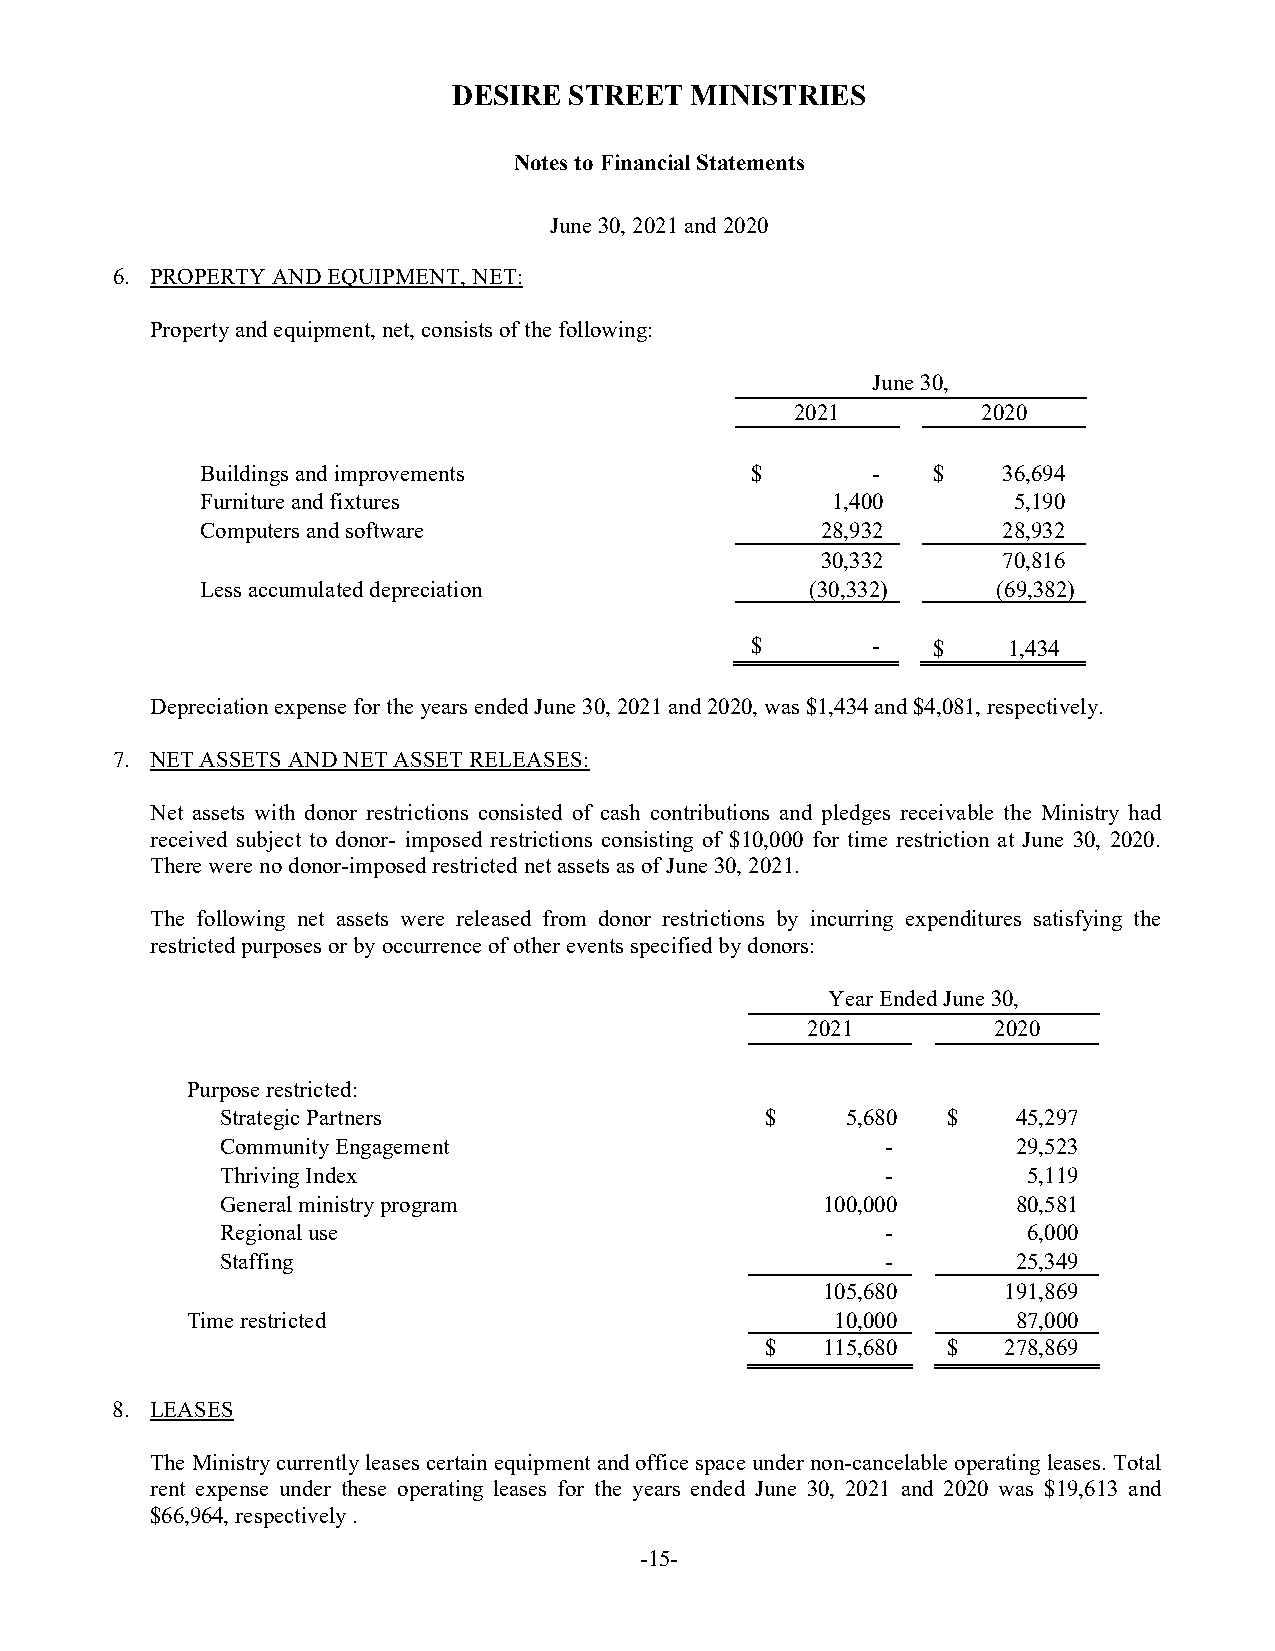
DESIRE  STREET  MINISTRIES
 Notes to Financial Statements
 June 30, 2021 and 2020
 6. PROPERTY AND EQUIPMENT, NET:
 Property and equipment, net, consists of the following:
 June 30,
 2021        2020
 Buildings and improvements           $       -   $   36,694
 Furniture and fixtures                    1,400       5,190
 Computers and software                   28,932      28,932
 30,332      70,816
 Less accumulated depreciation            (30,332)    (69,382)
 $       -   $    1,434
 Depreciation expense for the years ended June 30, 2021 and 2020, was $1,434 and $4,081, respectively.
 7. NET ASSETS AND NET ASSET RELEASES:
 Net assets with donor restrictions consisted of cash contributions and pledges receivable the Ministry had
 received subject to donor- imposed restrictions consisting of $10,000 for time restriction at June 30, 2020.
 There were no donor-imposed restricted net assets as of June 30, 2021.
 The following net assets were released from donor restrictions by incurring expenditures satisfying the
 restricted purposes or by occurrence of other events specified by donors:
 Year Ende d June 30,
 2021         2020
 Purpose restricted:
 Strategic Partners                  $    5,680  $   45,297
 Community Engagement                        -       29,523
 Thriving Index                              -        5,119
 General ministry program               100,000      80,581
 Regional use                                -        6,000
 Staffing                                    -       25,349
 105,680     191,869
 Time restricted                            10,000      87,000
 $  115,680  $  278,869
 8. LEASES
 The Ministry currently leases certain equipment and office space under non-cancelable operating leases. Total
 rent expense under these operating leases for the years ended June 30, 2021 and 2020 was $19,613 and
 $66,964, respectively .
 -15-